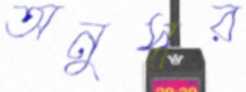
অনুস্বর